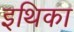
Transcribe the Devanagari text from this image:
इथिका